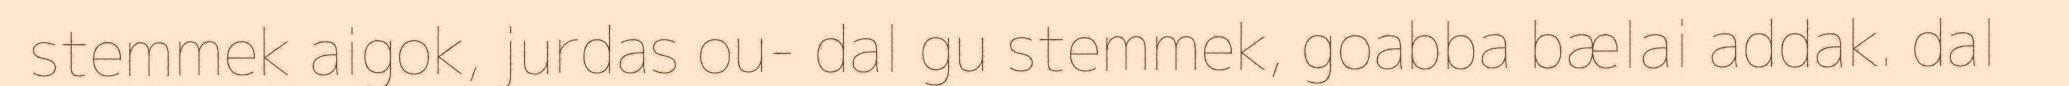
stemmek aigok, jurdas ou- dal gu stemmek, goabba bælai addak. dal